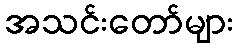
အသင်းတော်များ